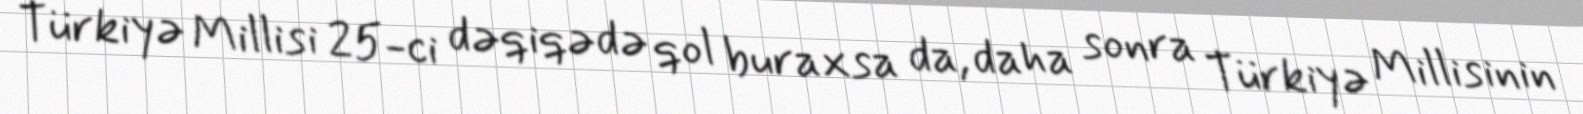
Türkiyə Millisi 25-ci dəqiqədə qol buraxsa da, daha sonra Türkiyə Millisinin